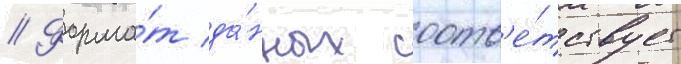
// Форма́т да́нных соотв'е́тствует